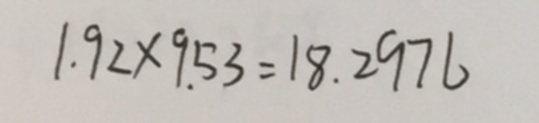
1 . 9 2 \times 9 . 5 3 = 1 8 . 2 9 7 6